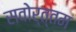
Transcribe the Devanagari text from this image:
सवोर्त्तम